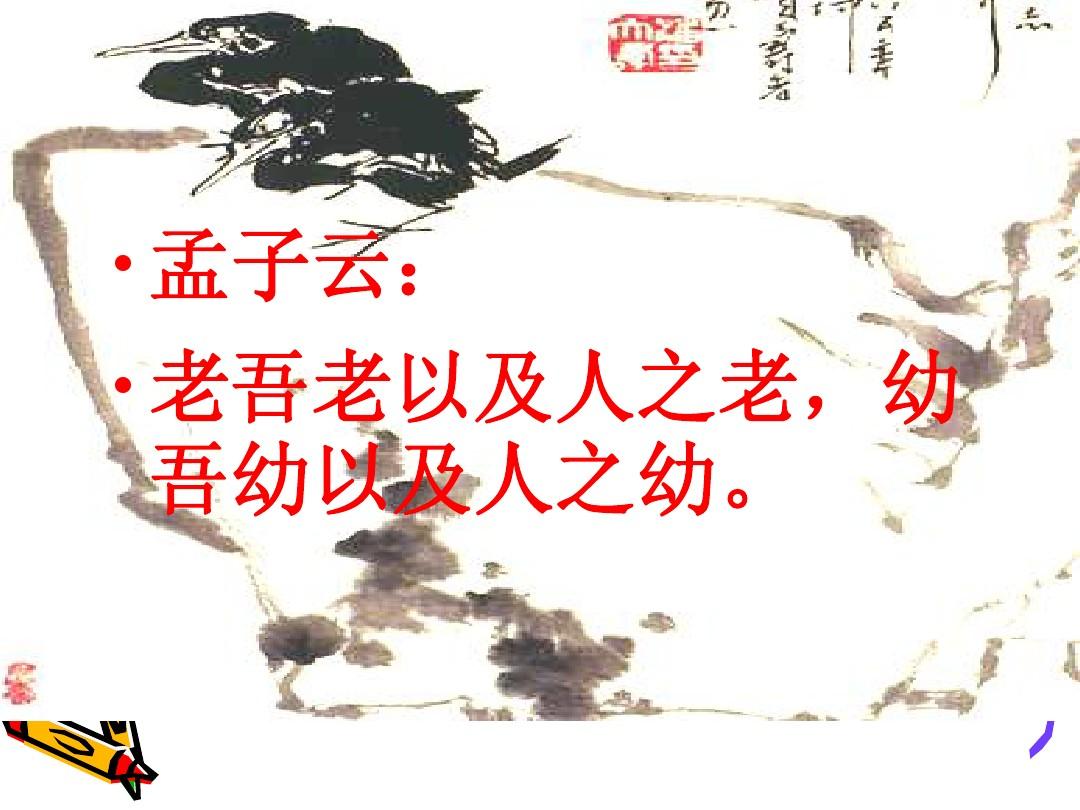
老吾老，以及人之老幼吾幼，以及人之幼。